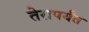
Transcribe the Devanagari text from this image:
तेरापर्यंत